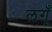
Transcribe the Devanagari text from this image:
लगूँ